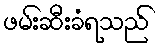
ဖမ်းဆီးခံရသည်